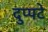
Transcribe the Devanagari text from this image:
दुप्पटे